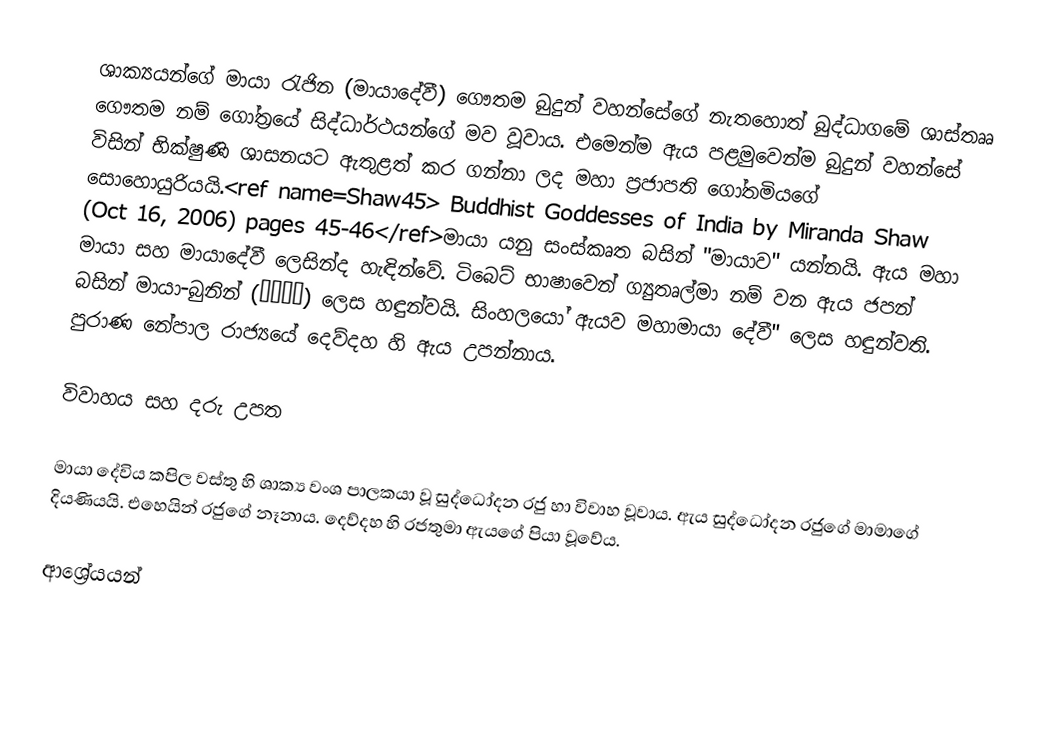
ශාක්‍යයන්ගේ මායා රැජින (මායාදේවී) ගෞතම බුදුන් වහන්සේගේ නැතහොත් බුද්ධාගමේ ශාස්තෲ ගෞතම නම් ගෝත්‍රයේ සිද්ධාර්ථයන්ගේ මව වූවාය. එමෙන්ම ඇය පළමුවෙන්ම බුදුන් වහන්සේ විසින්  භික්ෂුණි ශාසනයට ඇතුළත් කර ගන්නා ලද මහා ප්‍රජාපති ගෝතමියගේ සොහොයුරියයි.<ref name=Shaw45> Buddhist Goddesses of India by Miranda Shaw (Oct 16, 2006)  pages 45-46</ref>මායා යනු සංස්කෘත බසින් "මායාව" යන්නයි. ඇය මහා මායා සහ මායාදේවී ලෙසින්ද හැඳින්වේ. ටිබෙට් භාෂාවෙන් ග්‍යුතෘල්මා නම් වන ඇය ජපන් බසින් මායා-බුනින් (摩耶夫人) ලෙස හඳුන්වයි. සිංහලයෝ ඇයව මහාමායා දේවී'' ලෙස හඳුන්වති. පුරාණ නේපාල රාජ්‍යයේ දෙව්දහ හි ඇය උපන්නාය.

විවාහය සහ දරු උපත

මායා දේවිය කපිල වස්තු හි ශාක්‍ය වංශ පාලකයා වූ සුද්ධෝදන රජු හා විවාහ වූවාය. ඇය සුද්ධෝදන රජුගේ මාමාගේ දියණියයි. එහෙයින් රජුගේ නෑනාය. දෙව්දහ හි රජතුමා ඇයගේ පියා වූවේය.

ආශ්‍රේයයන්